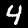
Digit: 4